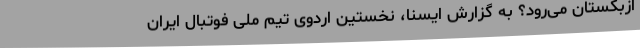
ازبکستان می‌رود؟ به گزارش ایسنا، نخستین اردوی تیم ملی فوتبال ایران